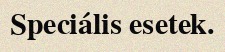
Speciális esetek.